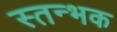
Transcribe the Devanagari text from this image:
स्तन्भक